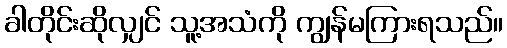
ခါတိုင်းဆိုလျှင် သူ့အသံကို ကျွန်မကြားရသည်။